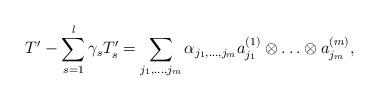
LaTeX: \begin{align*}T^{\prime} - \sum_{s = 1}^l \gamma_sT_s^{\prime} = \sum_{j_1, \ldots, j_m}\alpha_{j_1, \ldots, j_m}a^{(1)}_{j_1} \otimes \ldots \otimes a^{(m)}_{j_m},\end{align*}